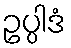
ဥပ္ပါဒံ